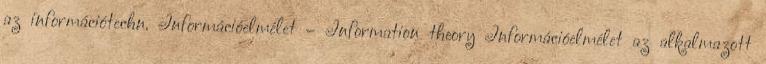
az információtechn. Információelmélet – Information theory Információelmélet az alkalmazott